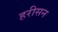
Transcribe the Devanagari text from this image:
हरीसन